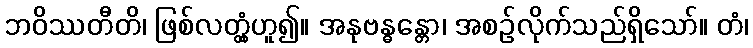
ဘဝိဿတီတိ၊ ဖြစ်လတ္တံ့ဟူ၍။ အနုဗန္ဓန္တော၊ အစဉ်လိုက်သည်ရှိသော်။ တံ၊